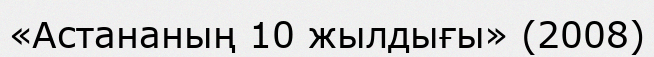
«Астананың 10 жылдығы» (2008)